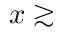
x \gtrsim